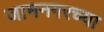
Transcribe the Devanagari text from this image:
जामनगरच्या